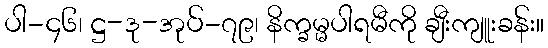
ပါ-၄၆၊ ဋ္ဌ-ဒု-အုပ်-၇၉၊ နိက္ခမ္မပါရမီကို ချီးကျူးခန်း။